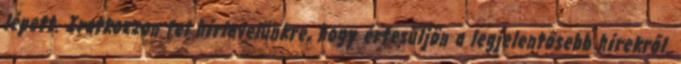
lépett. Iratkozzon fel hírlevelünkre, hogy értesüljön a legjelentősebb hírekről.